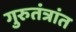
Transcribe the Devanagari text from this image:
गुरुतंत्रांत